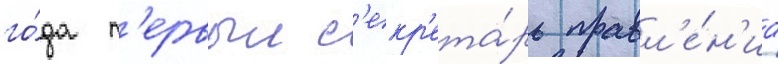
го́да п'ервыи с'екр'ета́рь правл'е́н'иа